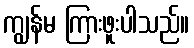
ကျွန်မ ကြားဖူးပါသည်။